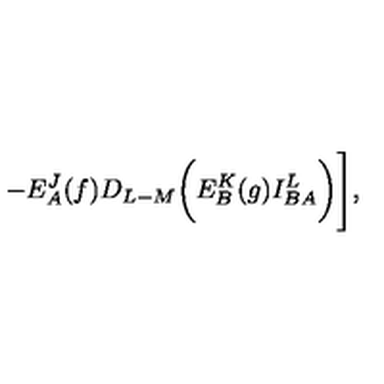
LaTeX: - E _ { A } ^ { J } ( f ) D _ { L - M } \biggl ( E _ { B } ^ { K } ( g ) I _ { B A } ^ { L } \biggr ) \Biggr ] ,